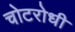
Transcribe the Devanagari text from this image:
चोटरोधी